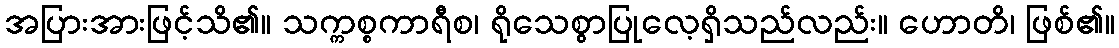
အပြားအားဖြင့်သိ၏။ သက္ကစ္စကာရီစ၊ ရိုသေစွာပြုလေ့ရှိသည်လည်း။ ဟောတိ၊ ဖြစ်၏။